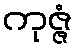
ကုဇ္ဇံ